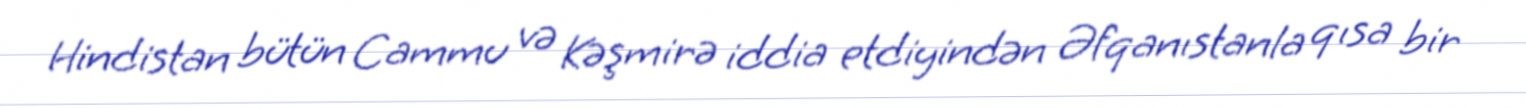
Hindistan bütün Cammu və Kəşmirə iddia etdiyindən Əfqanıstanla qısa bir